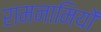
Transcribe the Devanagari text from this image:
रामनामियों